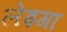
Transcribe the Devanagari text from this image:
लेइगा